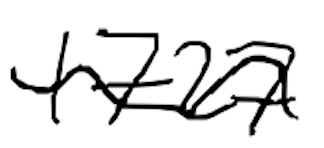
Text: 1727
Cross-out: wave
Writing tool: digital_black